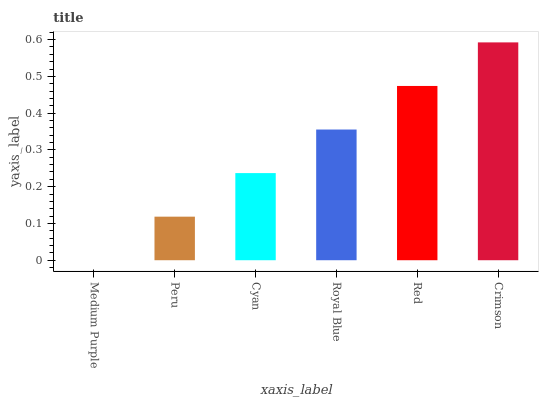
| xaxis_label | bars |
 | --- | --- |
 | Medium Purple | 0 |
 | Peru | 0.118 |
 | Cyan | 0.237 |
 | Royal Blue | 0.355 |
 | Red | 0.474 |
 | Crimson | 0.592 |